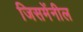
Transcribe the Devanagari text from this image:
जिसमेंनील